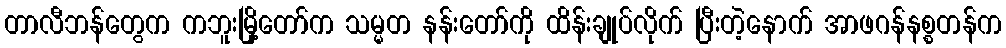
တာလီဘန်တွေက ကဘူးမြို့တော်က သမ္မတ နန်းတော်ကို ထိန်းချုပ်လိုက် ပြီးတဲ့နောက် အာဖဂန်နစ္စတန်က